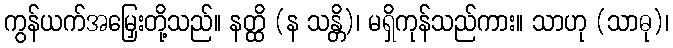
ကွန်ယက်အမြှေးတို့သည်။ နတ္ထိ (န သန္တိ)၊ မရှိကုန်သည်ကား။ သာဟု (သာဓု)၊